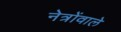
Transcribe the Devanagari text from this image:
नेत्रोंवाले